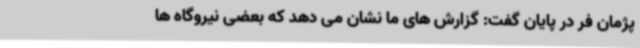
پژمان فر در پایان گفت: گزارش های ما نشان می دهد که بعضی نیروگاه ها